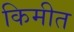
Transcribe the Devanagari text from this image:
किमीत